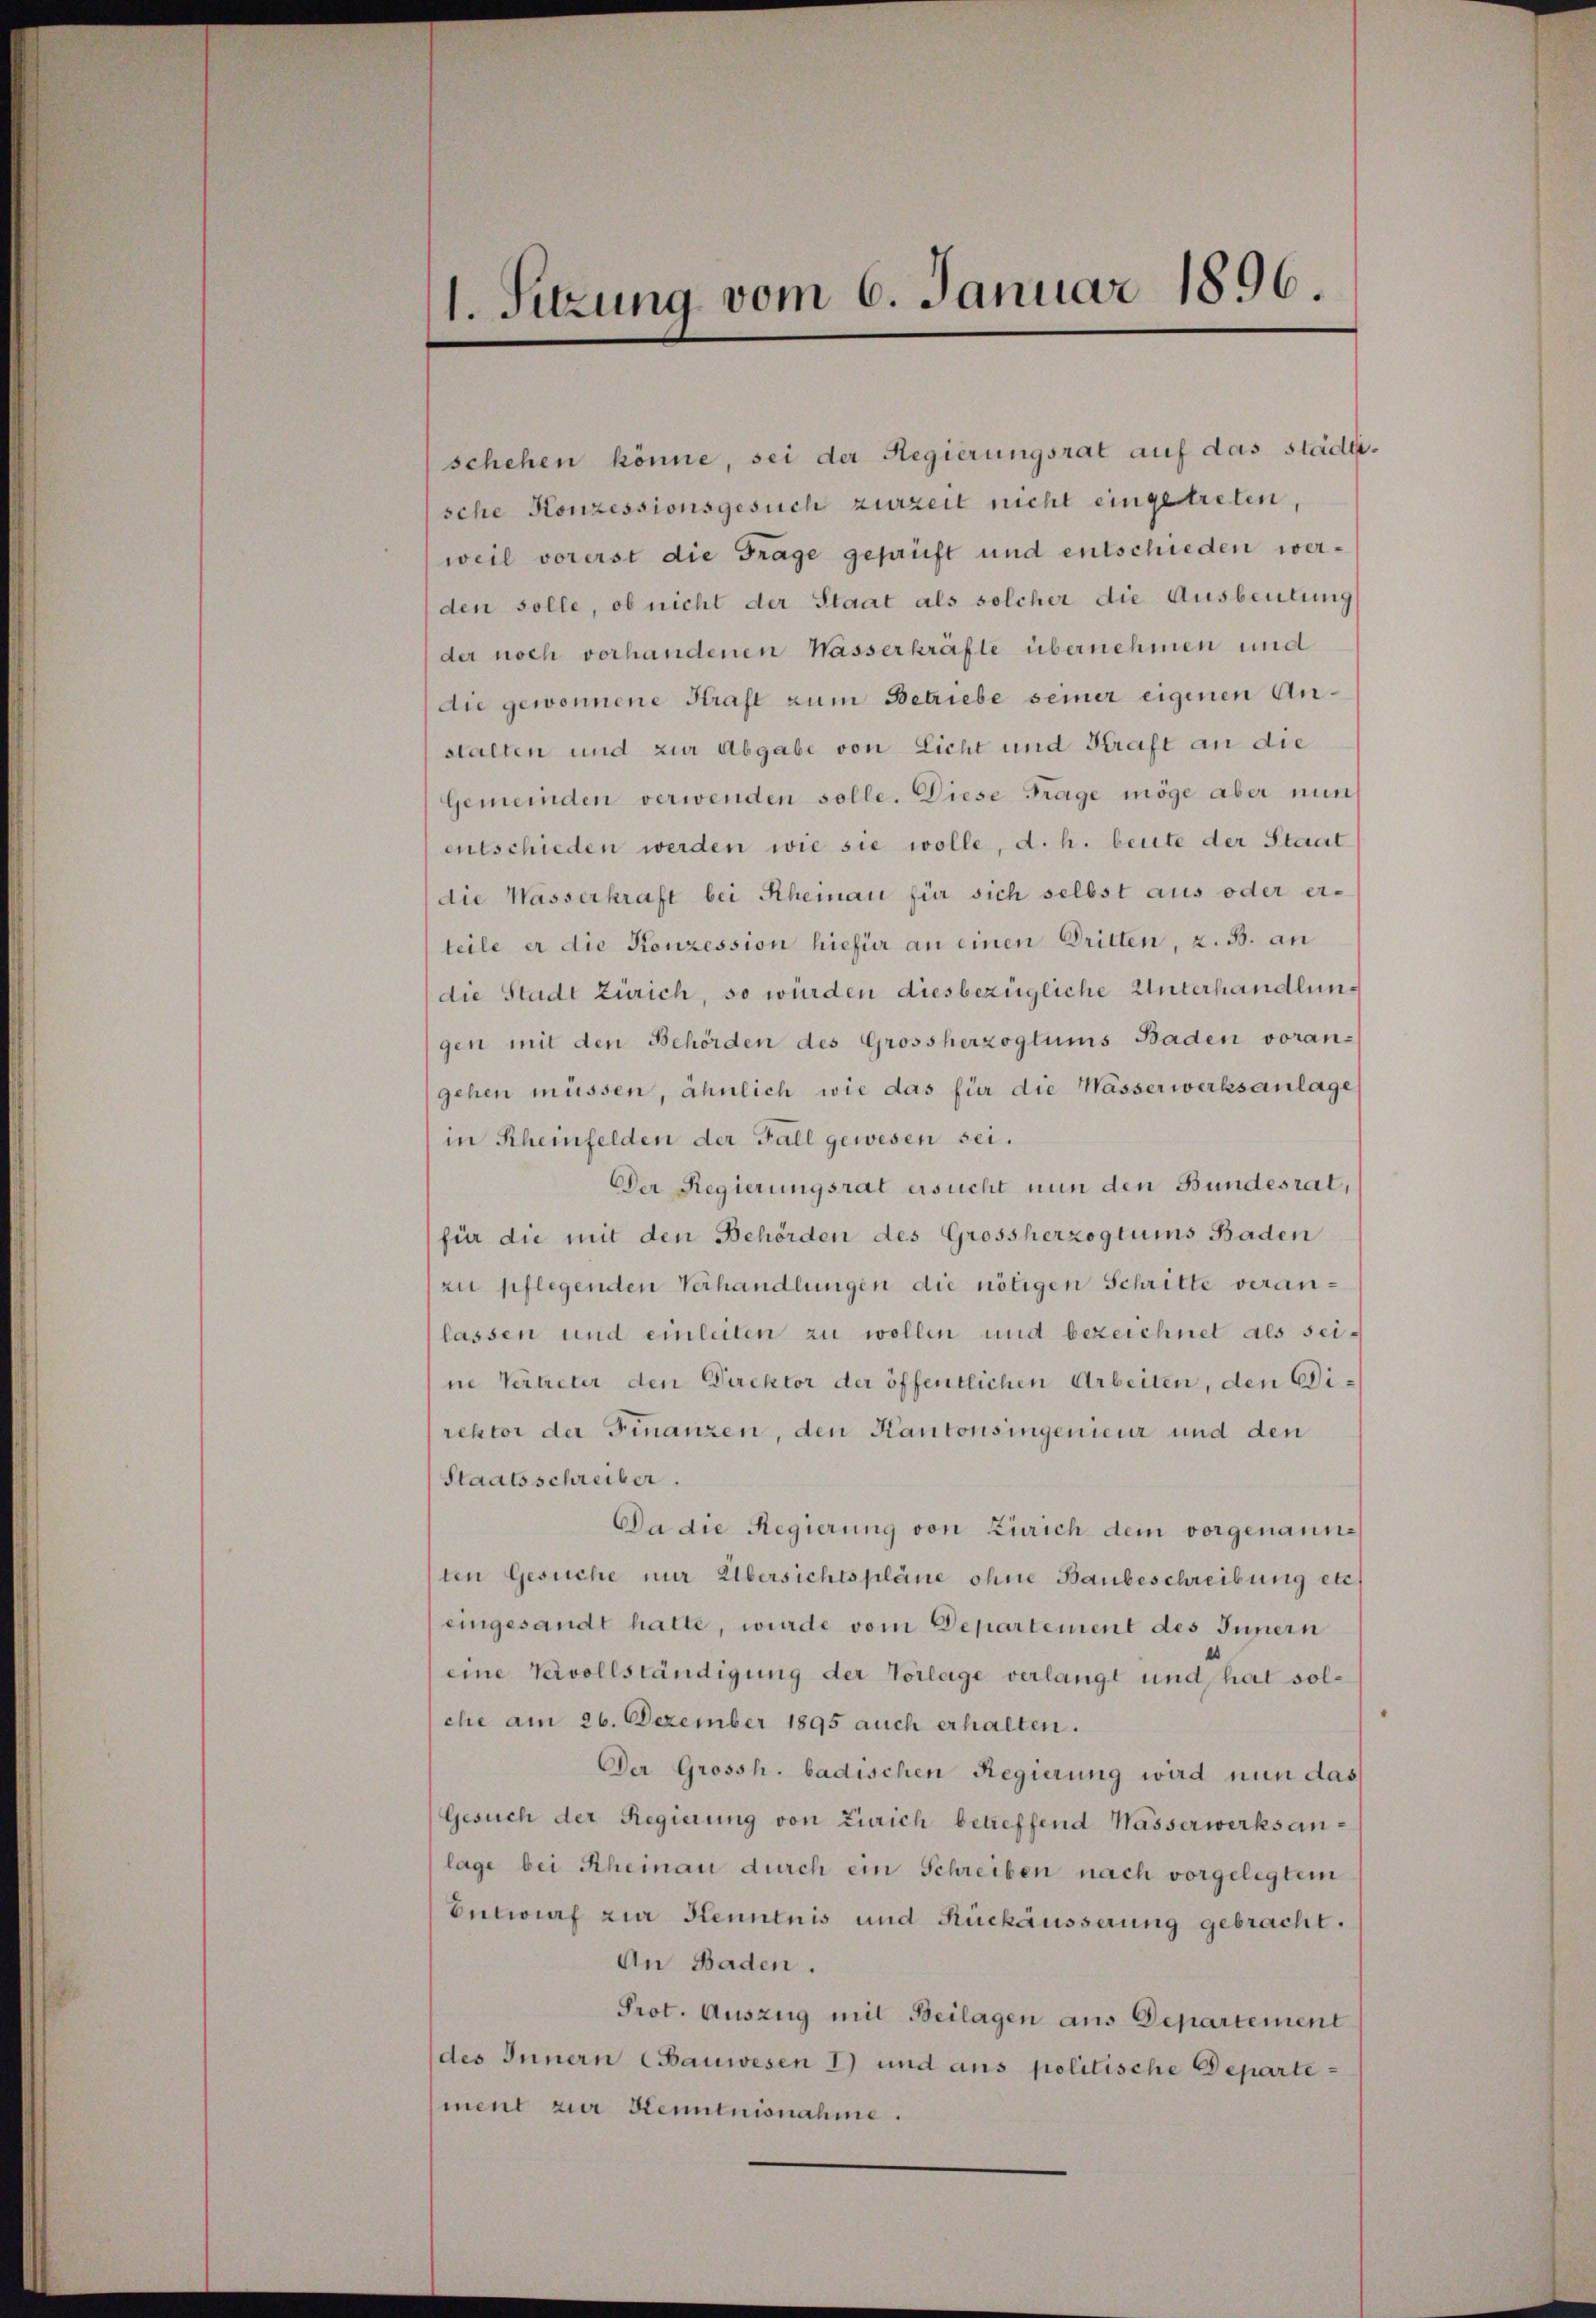
1. Sitzung vom 6. Januar 1896.

schehen könne, sei der Regierungsrat auf das stadtsche Konzessionsgesuch zurzeit nicht eingetreten,
weil vorerst die Frage geprüft und entschieden werden solle, ob nicht der Staat als solcher die Ausbeutung
der noch vorhandenen Wasserkräfte übernehmen und
du gewonnene Kraft zum Betriebe seiner eigenen Anstalten und zur Abgabe von Licht und Kraft an die
Gemeinden verwenden solle. Diese Frage möge aber nun
entschieden werden wie sie wolle, d. h. beute der Staat
die Wasserkraft bei Rheinau für sich selbst aus oder erteile er die Konzession hiefür an einen Dritten, z. B. an
die Stadt Zürich, so würden diesbezügliche Unterhandlungen mit den Behörden des Grossherzogtums Baden voran-
gehen müssen, ähnlich wie das für die Wässerwerksanlage
in Rheinfelden der Fall gewesen sei.
Der Regierungsrat ersucht nun den Bundesrat,
für die mit den Behörden des Grossherzogtums Baden
zu pflegenden Verhandlungen die nötigen Schritte veranlassen und einleiten zu wollen und bezeichnet als seine Vertreter den Direktor der öffentlichen Arbeiten, den Wirektor der Finanzen, den Kantonsingenieur und den
Staatsschreiber.
Da die Regierung von Zürich dem vorgenannten Gesuche nur Übersichtspläne ohne Baubeschreibung etc.
eingesandt hatte, wurde vom Departement des Innern
eine Vervollständigung der Vorlage verlangt und hat solche am 26. Dezember 1895 auch erhalten.
Der Grossh. badischen Regierung wird nun das
Gesuch der Regierung von Zürich betreffend Wasserwerksanlage bei Rheinau durch ein Schreiben nach vorgelegtem
Entwurf zur Kenntnis und Rückäusserung gebracht.
An Baden.
Prot. Auszug mit Beilagen aus Departement
des Innern (Bauwesen 1) und aus politische Departement zur Kenntnisnahme.